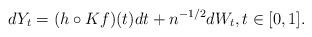
LaTeX: \begin{align*}dY_t = (h\circ K f ) (t) dt + n^{-1/2} dW_t, t\in [0,1].\end{align*}